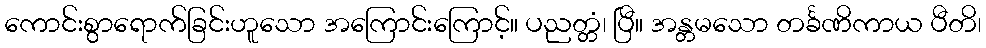
ကောင်းစွာရောက်ခြင်းဟူသော အကြောင်းကြောင့်။ ပညတ္တံ၊ ပြီ။ အန္တမသော တင်္ခဏိကာယ ပီတိ၊